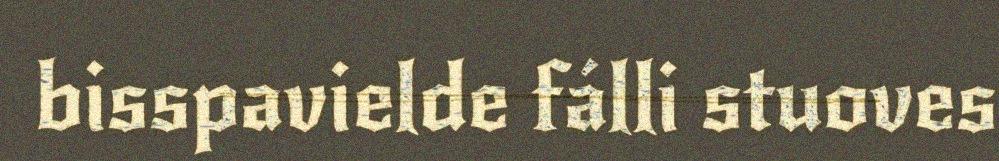
bisspavielde fálli stuoves